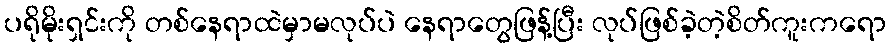
ပရိုမိုးရှင်းကို တစ်နေရာထဲမှာမလုပ်ပဲ နေရာတွေဖြန့်ပြီး လုပ်ဖြစ်ခဲ့တဲ့စိတ်ကူးကရော